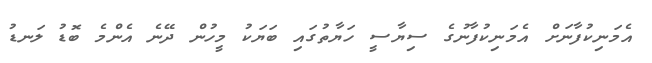
އެމަނިކުފާނަށް އެމަނިކުފާނުގެ ސިޔާސީ ހަޔާތުގައި ބަޔަކު މީހުން ދޭނެ އެންމެ ބޮޑު ލަނޑު